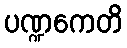
ပဏ္ဍကေတိ